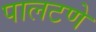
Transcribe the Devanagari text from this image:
पालटणे